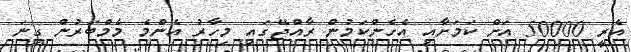
އެރީ 50000 އަށް ކަމަށާއި އެހެންކަމުން ރާއްޖޭގައި މިހާރު އެންމެ މެމްބަރުން ގިނަ